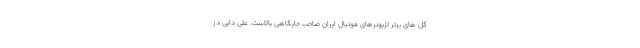
گل های برتر لژیونرهای فوتبال ایران صاحب جایگاهی بالاست. علی دایی در